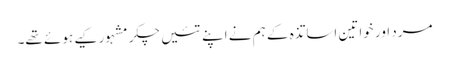
مرد اور خواتین اساتذہ کے ہم نے اپنے تئیں چکر مشہور کیے ہوئے تھے۔